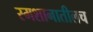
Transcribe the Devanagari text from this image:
स्मशानातीलच